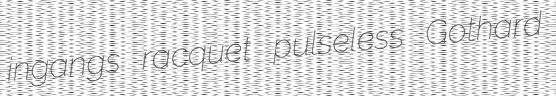
ingangs racquet pulseless Gothard